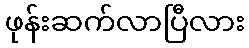
ဖုန်းဆက်လာပြီလား